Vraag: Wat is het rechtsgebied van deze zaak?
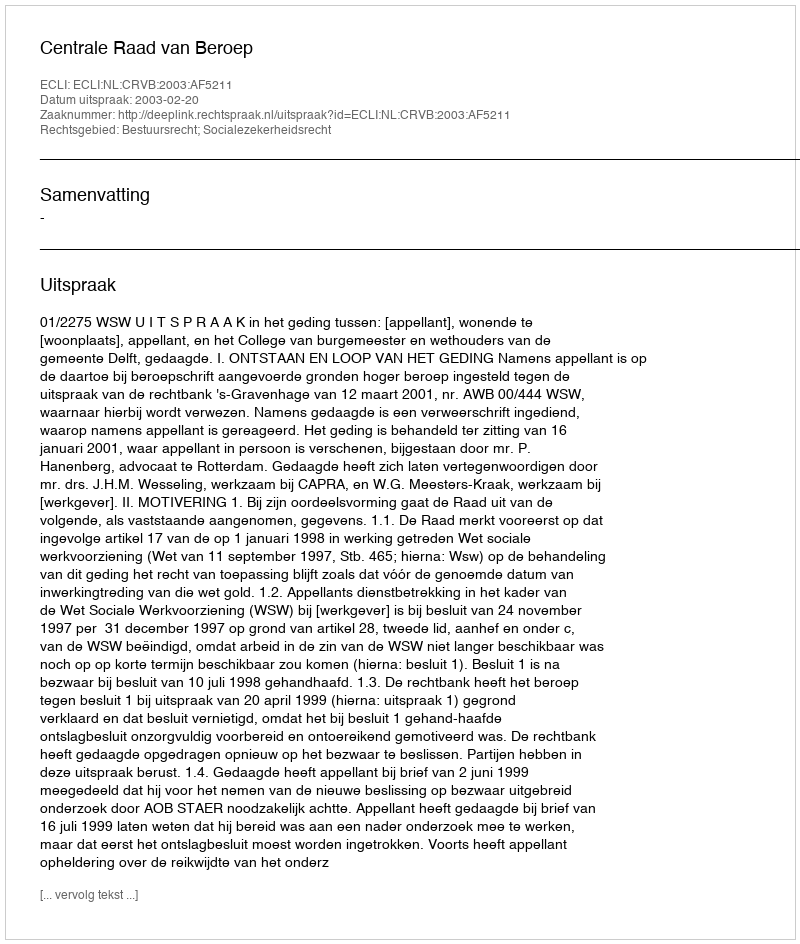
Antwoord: Bestuursrecht; Socialezekerheidsrecht